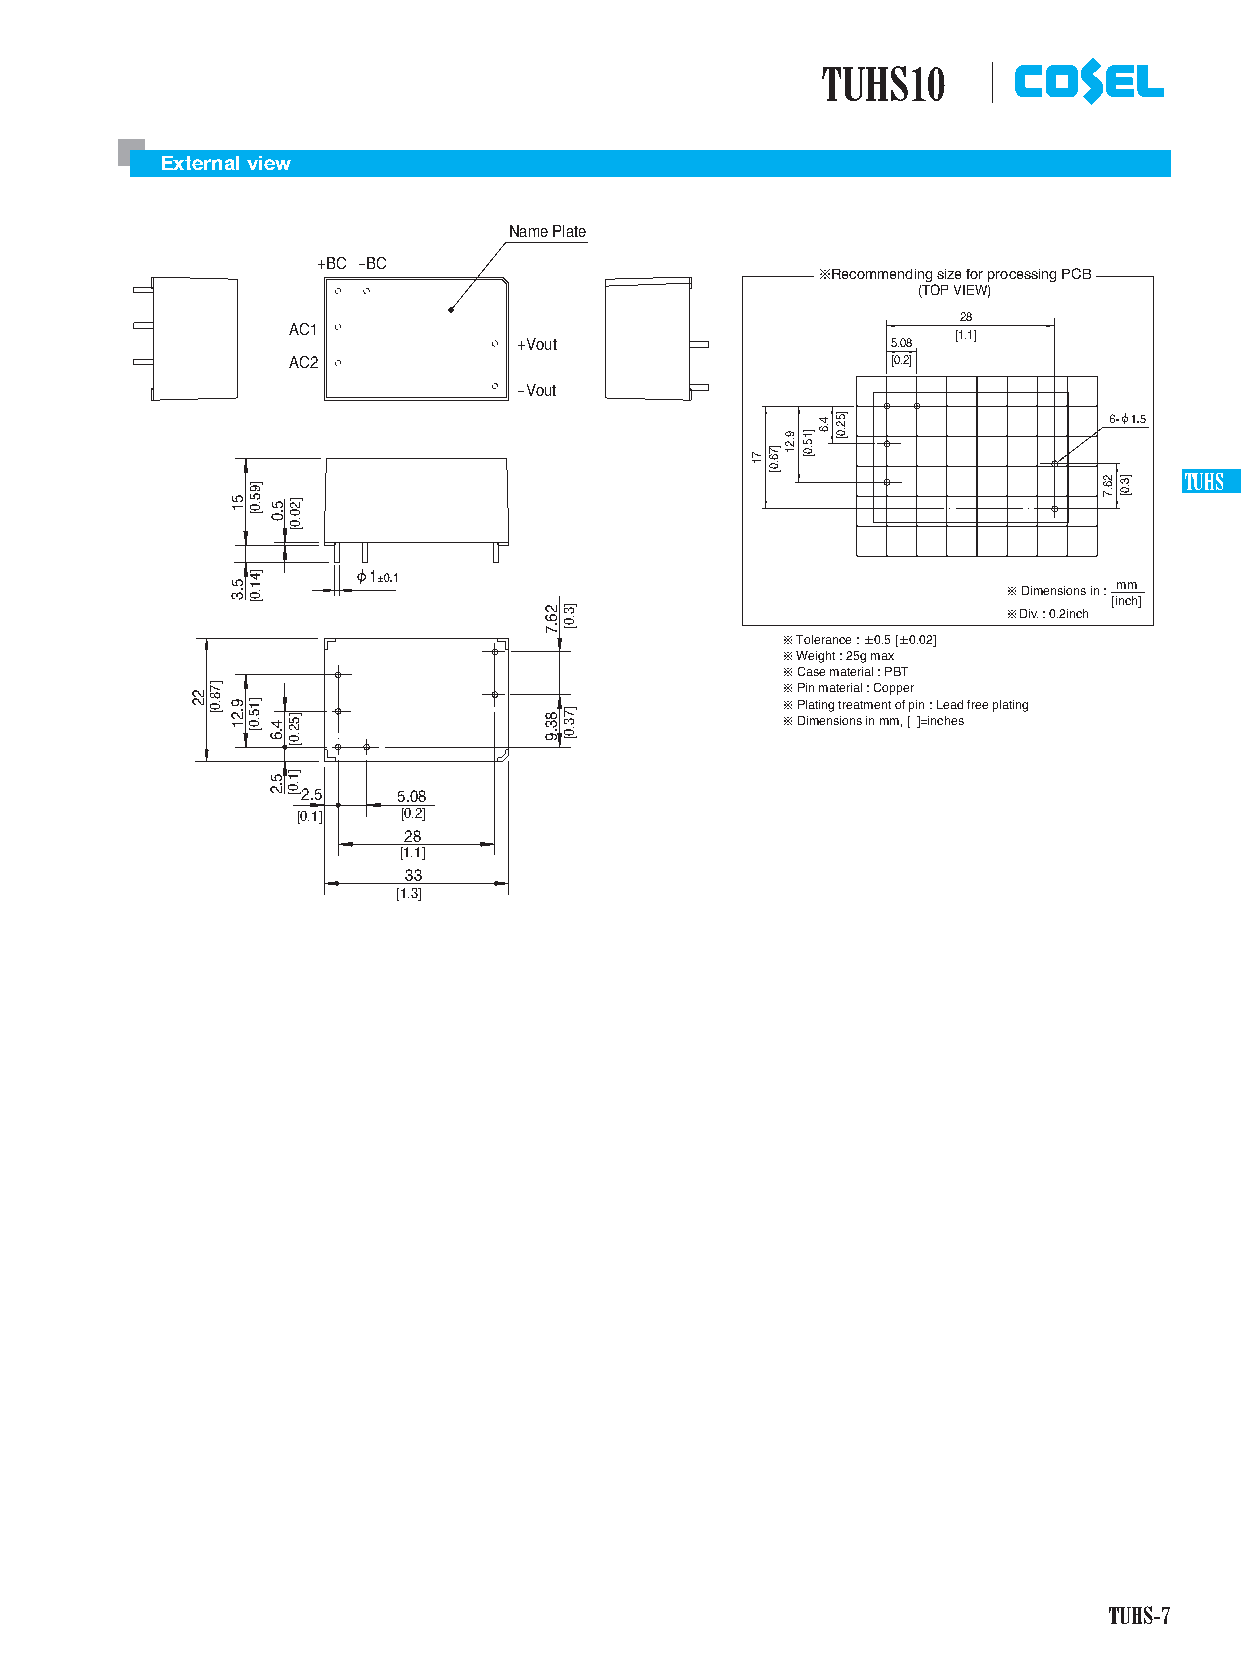
TUHS10
 External view
 Name Plate
 +BC -BC
 ¶Recommending size for processing PCB
 (TOP VIEW)
 28
 AC1
 [1.1]
 +Vout                    5.08
 AC2                                     [0.2]
 -Vout
 TUHS
 mm
 ¶ Dimensions in :
 [inch]
 ¶Div. : 0.2inch
 ¶ Tolerance : ±0.5 [±0.02]
 ¶ Weight : 25g max
 ¶ Case material : PBT
 ¶ Pin material : Copper
 ¶ Plating treatment of pin : Lead free plating
 ¶ Dimensions in mm, [ ]=inches
 2.5   5.08
 [0.1]  [0.2]
 28
 [1.1]
 33
 [1.3]
 TUHS-7
 mmee_ttuuhhss.iinndddd TTUUHHSS--77                                      22001155//0066//1188 1155::0066::2244
 22
 ]78.0[
 51
 5.3
 9.21
 ]95.0[
 ]41.0[
 ]15.0[
 5.0
 4.6
 5.2
 ]20.0[
 ]52.0[
 ]1.0[
 26.7
 83.9
 ]3.0[
 ]73.0[
 71
 ]76.0[
 9.21 ]15.0[
 4.6 ]52.0[
 26.7 ]3.0[